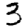
Digit: 3